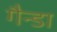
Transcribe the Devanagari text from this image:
गैन्डा